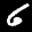
Label: 6